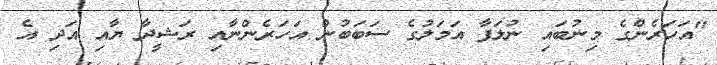
"އަހަރެންގެ މިނުބައި ނުލަފާ އަމަލުގެ ސަބަބުން އަހަރެންނާއި ރަޝީދާ ޔާއި އަދި އެ